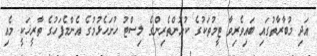
އަދި މުބާރާތުގައި ބައިވެރިވާ ޓީމުތަކުގެ ކުޅުންތެރިންގެ ލިސްޓު ހުށަހެޅުމުގެ އެންމެފަހުގެ ތާރީޚަކީ މެއި